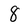
Character: 8